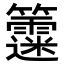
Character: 𥷻